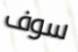
سوف